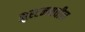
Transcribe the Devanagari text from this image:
ह्युस्टनमधील